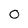
Character: 0